system: You are a helpful assistant.
user:
Analyze the provided spectrum to determine if it is a **White Dwarf (WD)**.

A White Dwarf spectrum is defined by its **extreme purity** (due to gravitational settling) and/or **extreme pressure broadening** (due to high surface gravity). You must check for one of the following mutually exclusive signatures:

- **Key Visual Indicators (Check for ONE of these types):**

    - **1. DA-Type Signature (Most Common):**
        - **(Primary Feature):** Extreme pressure broadening (Stark broadening) of the **Hydrogen (H) Balmer lines**.
        - **(Key Lines):** $H\beta$ (approx. $4861$ Å) and $H\gamma$ (approx. $4340$ Å). $H\alpha$ (approx. $6563$ Å) will also be present if the wavelength range covers it.
        - **(Line Profile):** This is the **defining feature**. The lines are **NOT** sharp. They appear as massive, **extremely broad and deep "troughs" or "dips"** in the spectrum, often hundreds of Ångströms wide. The continuum will appear to "scoop" down at these wavelengths.
        - **(Distinction):** Normal A-type or B-type stars have *narrow* and *sharp* Hydrogen lines. A DA White Dwarf's lines are unmistakably "smeared" or "blurry" from pressure.

    - **2. DB-Type Signature:**
        - **(Primary Feature):** Broad absorption lines from **Neutral Helium (He I)**. The spectrum must lack any visible Hydrogen lines.
        - **(Key Lines):** Look for broad absorption near $4471$ Å, $4921$ Å, and $5876$ Å.
        - **(Line Profile):** These lines are also significantly pressure-broadened, appearing much wider than they would in a normal B-type main-sequence star.

    - **3. DC-Type Signature:**
        - **(Primary Feature):** A **featureless continuous spectrum**.
        - **(Line Profile):** The spectrum is a smooth curve with **no significant absorption or emission lines**.
        - **(Key Confirmation):** The continuum is almost always **blue or white**, indicating a hot object. This signature implies the atmosphere is so pure (or so cool) that no spectral lines are visible in the optical range. Its WD identity is confirmed by its extremely low intrinsic brightness (high absolute magnitude).

    - **4. DZ-Type Signature (Metal-Polluted):**
        - **(Primary Feature):** **Isolated, narrow metal absorption lines** on an otherwise featureless (DC-like) continuum.
        - **(Key Lines):** The **Calcium (Ca II) H & K doublet** (approx. **$3934$ Å** and **$3968$ Å**) is the most common and defining feature.
        - **(Line Profile):** These lines are "out of place." They are *not* part of a "forest" of thousands of lines. This signature is evidence of recent *accretion* (pollution) from rocky debris.
        - **(Distinction):** Normal G/K/M stars have a *dense forest* of thousands of metal lines. A DZ has a *clean* continuum with *only a few* strong metal lines.

    - **5. DQ-Type Signature (Carbon-Polluted):**
        - **(Primary Feature):** Absorption bands from **Carbon (C₂ "Swan Bands" or atomic C I)**.
        - **(Key Lines - C₂):** Look for bandheads with a "saw-tooth" shape near $5635$ Å, **$5165$ Å** (strongest), and $4737$ Å.
        - **(Key Confirmation):** The underlying **continuum must be blue or white** (hot).
        - **(Distinction):** This is the critical difference from a **Carbon Star**, which has the *exact same* C₂ bands but on an extremely **red, cool** continuum.

- **(Overall Spectrum):**
    - The continuum (overall shape) is typically **blue-sloping** (brighter in the blue than the red), as most white dwarfs are very hot.
    - The spectrum will look "pure" or "simple," dominated by only *one* of the five signatures listed above.

Think first, call **spectral_visualization_tool** if needed to examine features in detail, then provide your final answer. Your response must adhere to the following strict rules:
1.  **Overall Structure:** Your response must follow the format `<think>...</think> <tool_call>...</tool_call> (if a tool is used) <answer>...</answer>`.
2.  **Tool Usage Constraint:** You may only make **one** tool call per turn.
3.  **Final Answer Format:** In the `<answer>` tag, your conclusion must be inside a `\boxed{}` command (e.g., `\boxed{YES}` or `\boxed{NO}`), followed by your justification.

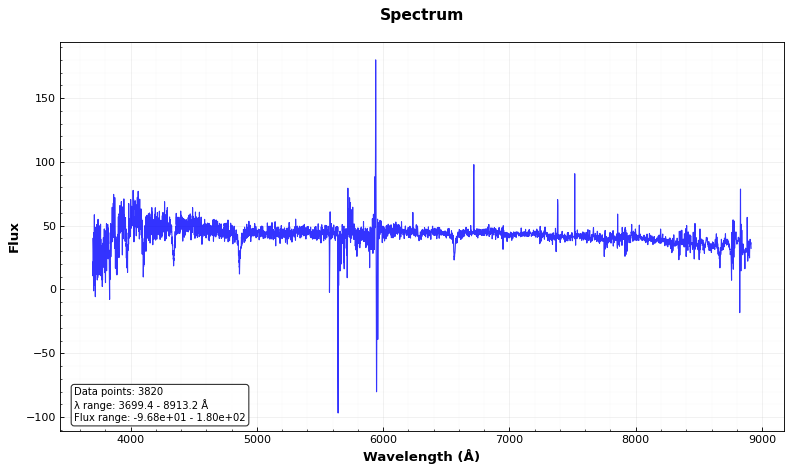
Answer: NO